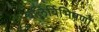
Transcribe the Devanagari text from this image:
बलिर्बिभिषणो